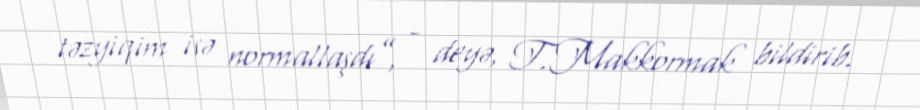
təzyiqim isə normallaşdı”, - deyə, T.Makkormak bildirib.